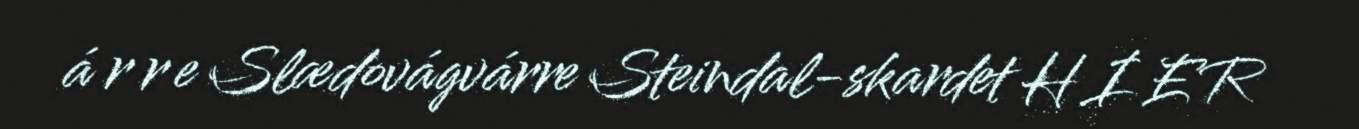
á r r e Slædovágvárre Steindal-skardet H I E R